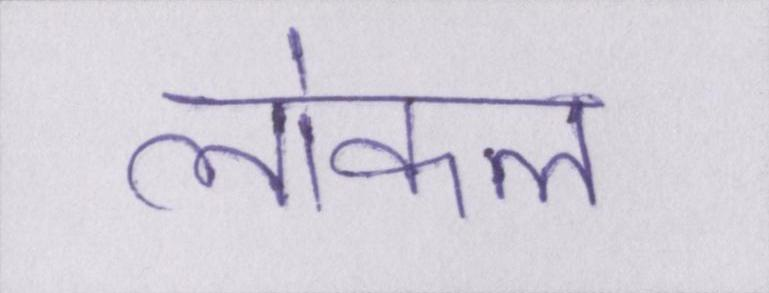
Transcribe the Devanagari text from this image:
लोकल